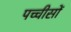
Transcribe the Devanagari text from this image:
पच्चीसों